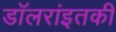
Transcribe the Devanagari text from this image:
डॉलरांइतकी